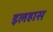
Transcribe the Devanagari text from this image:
इलहास